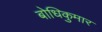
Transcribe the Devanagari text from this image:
बोधिकुमार